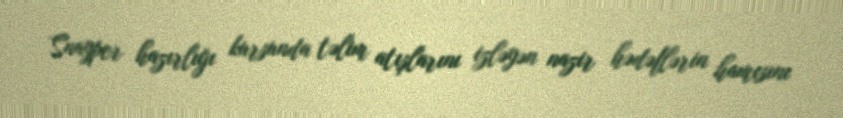
Snayper hazırlığı kursunda təlim atışlarını izləyən nazir hədəflərin hamısını